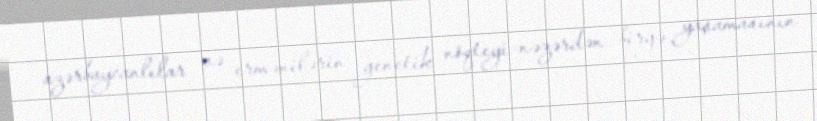
azərbaycanlılar və ermənilərin genetik nöqteyi-nəzərdən birgə yaşamasının